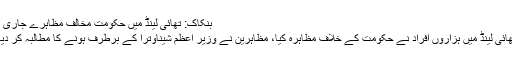
بنکاک: تھائی لینڈ میں حکومت مخالف مظاہرے جاری -
تھائی لینڈ میں ہزاروں افراد نے حکومت کے خلاف مظاہرہ کیا، مظاہرین نے وزیر اعظم شیناوترا کے برطرف ہونے کا مطالبہ کر دیا۔